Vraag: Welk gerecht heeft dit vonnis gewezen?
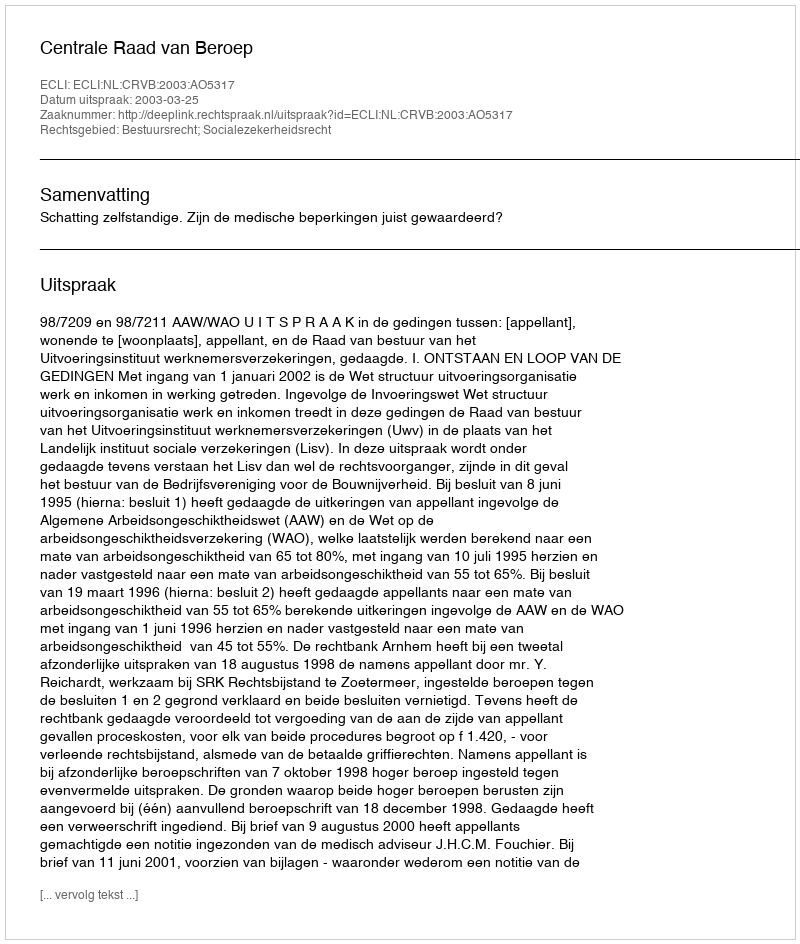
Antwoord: Centrale Raad van Beroep